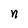
Character: n